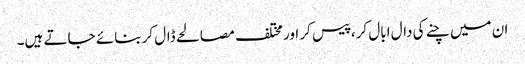
ان میں چنے کی دال ابال کر، پیس کر اور مختلف مصالحے ڈال کر بنائے جاتے ہیں۔